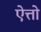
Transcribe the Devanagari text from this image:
ऐत्तो